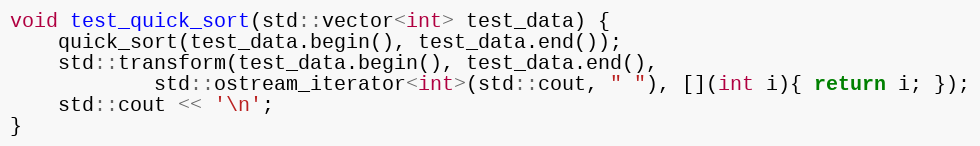
Language: C++
void test_quick_sort(std::vector<int> test_data) {
    quick_sort(test_data.begin(), test_data.end());
    std::transform(test_data.begin(), test_data.end(),
            std::ostream_iterator<int>(std::cout, " "), [](int i){ return i; });
    std::cout << '\n';
}